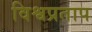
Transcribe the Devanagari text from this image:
विश्वप्रताप